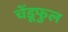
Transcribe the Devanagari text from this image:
चेंडूफुल